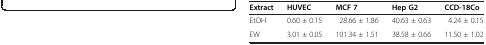
<table><thead><tr><td><b>Extract</b></td><td><b>HUVEC</b></td><td><b>MCF 7</b></td><td><b>Hep G2</b></td><td><b>CCD-18Co</b></td></tr></thead><tbody><tr><td>EtOH</td><td>0.60 ± 0.15</td><td>28.66 ± 1.86</td><td>40.63 ± 0.63</td><td>4.24 ± 0.15</td></tr><tr><td>EW</td><td>3.01 ± 0.05</td><td>101.34 ± 1.51</td><td>38.58 ± 0.66</td><td>11.50 ± 1.02</td></tr></tbody></table>